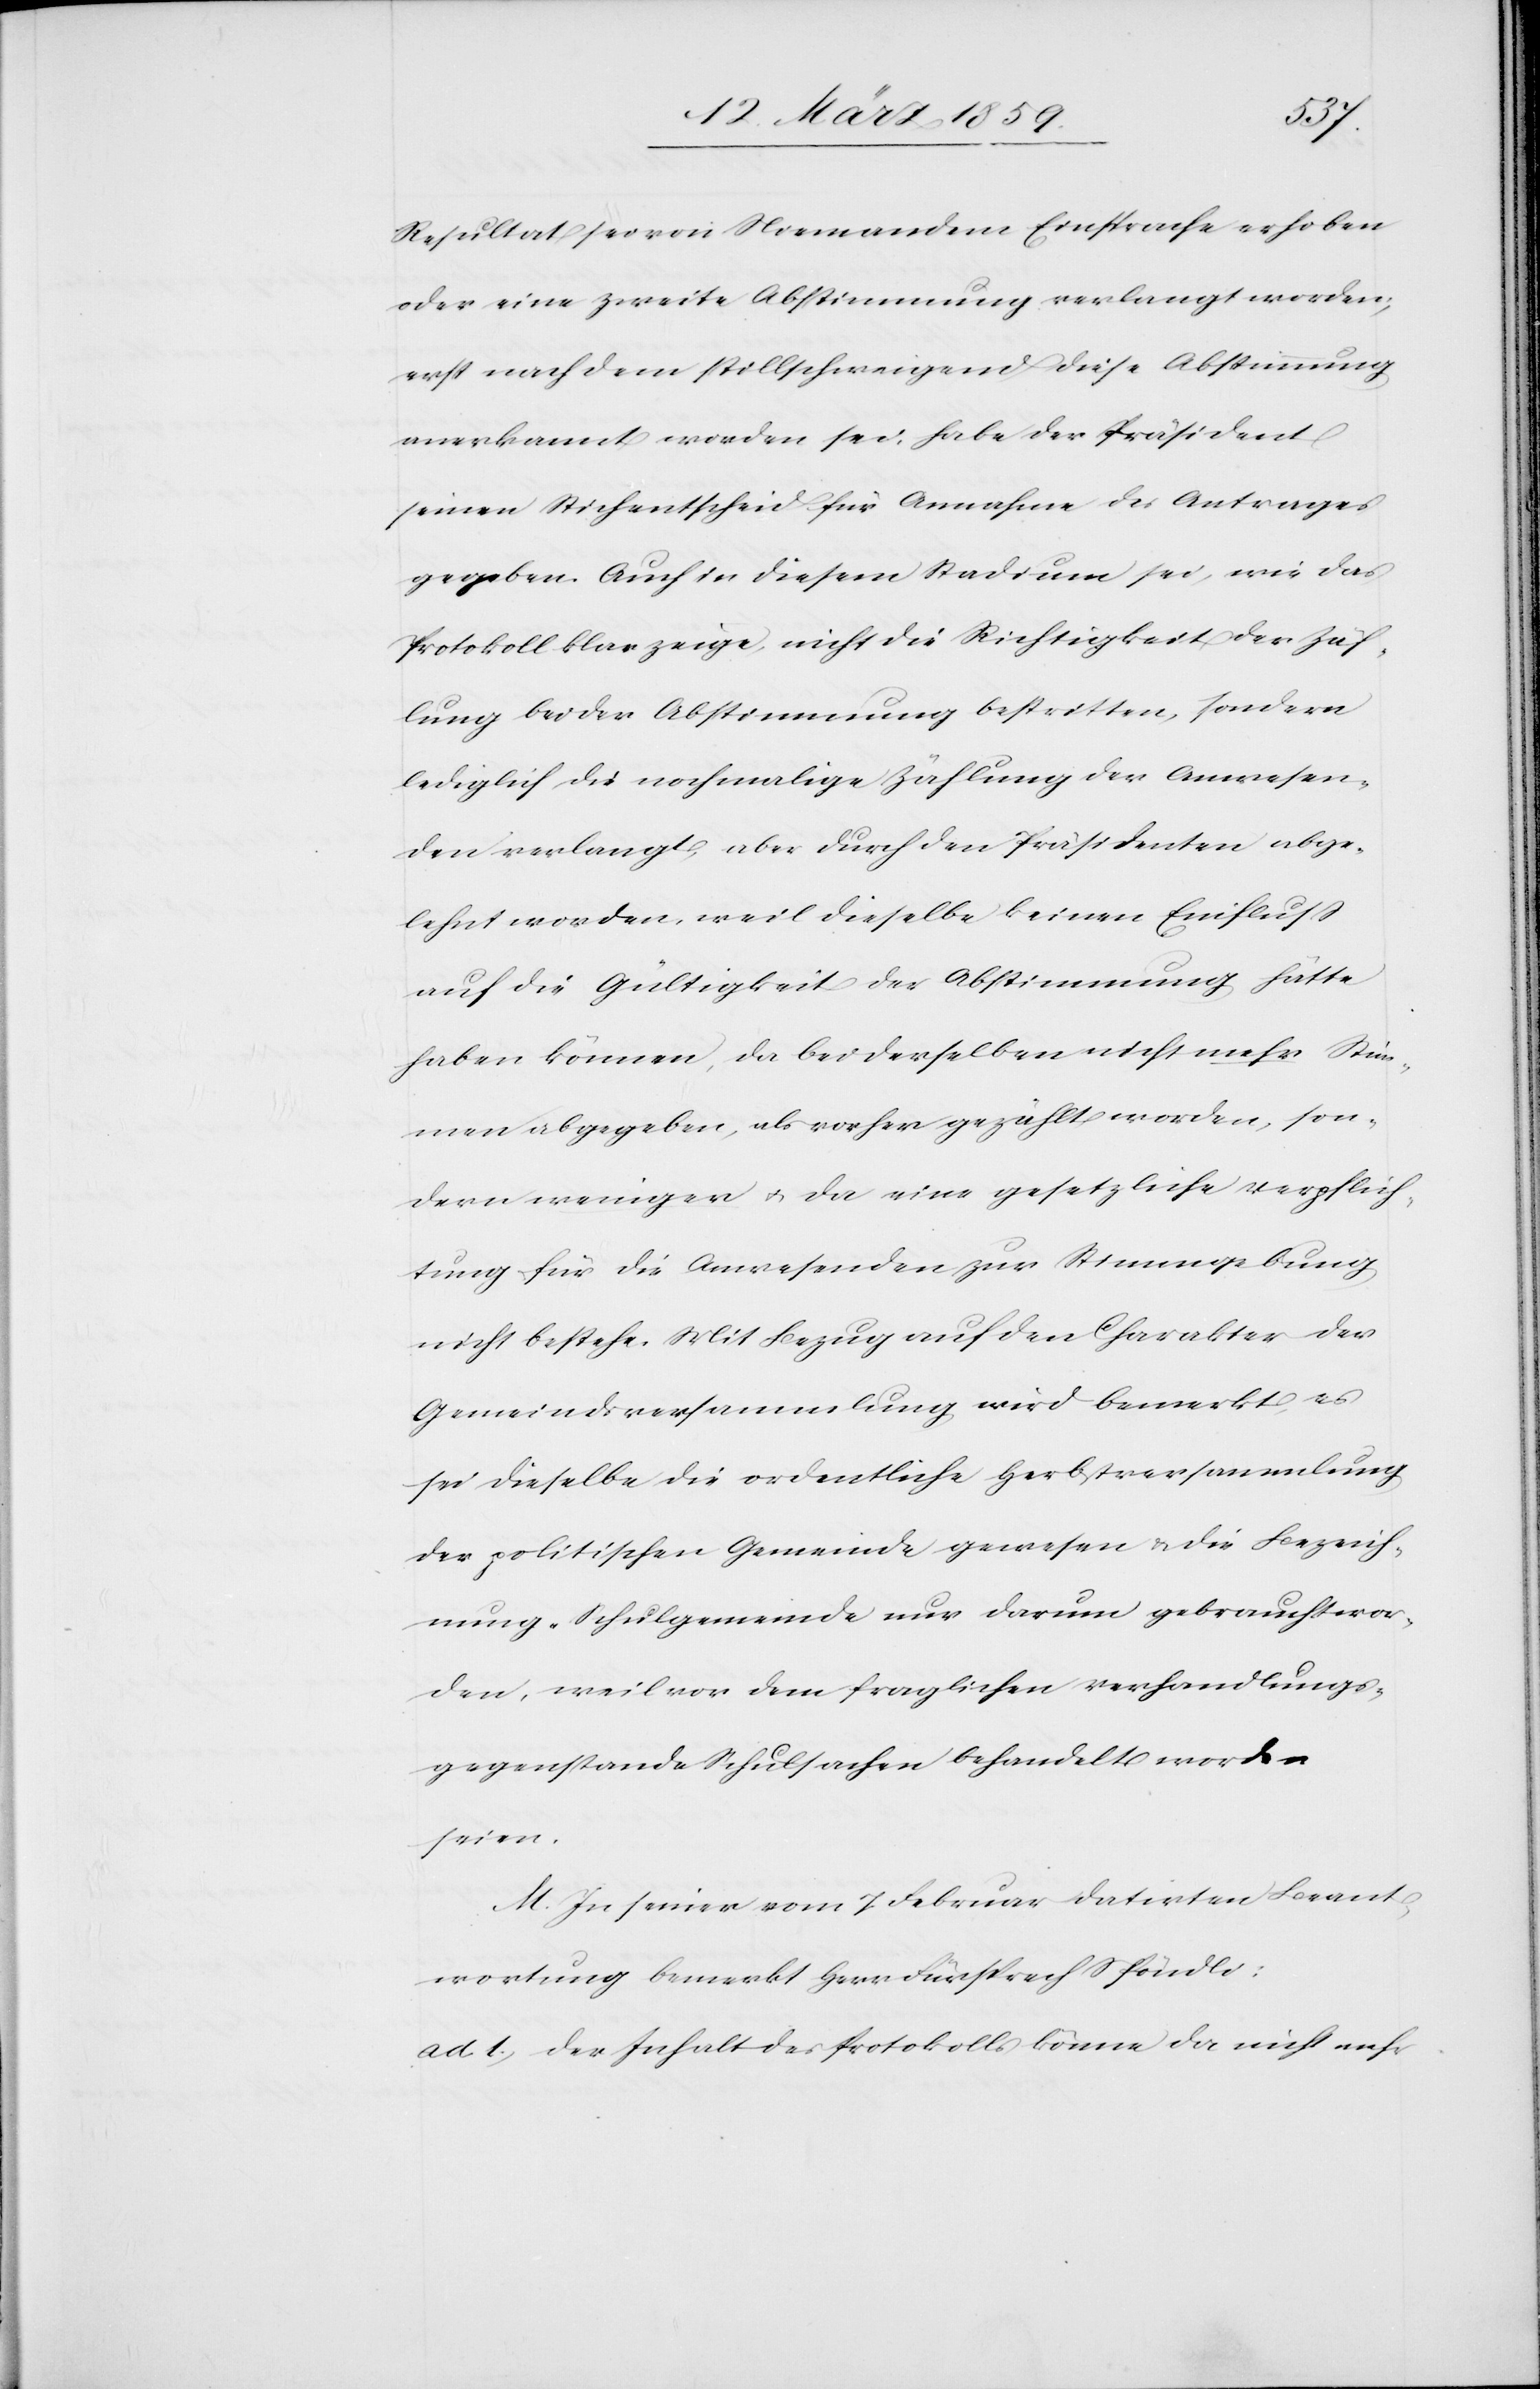
Resultat sei von Niemandem Einsprache erhoben
oder eine zweite Abstimmung verlangt worden;
erst nachdem stillschweigend diese Abstimmung
anerkannt worden sei, habe der Präsident
seinen Stichentscheid für Annahme des Antrages
gegeben. Auch in diesem Stadium sei, wie das
Protokoll klar zeige, nicht die Richtigkeit der Zäh¬
lung bei der Abstimmung bestritten, sondern
lediglich die nochmalige Zählung der Anwesen¬
den verlangt, aber durch den Präsidenten abge¬
lehnt worden, weil dieselbe keinen Einfluß
auf die Gültigkeit der Abstimmung hätte
haben können, da bei derselben nicht mehr Stim¬
men abgegeben, als vorher gezählt worden, son¬
dern weniger u. da eine gesetzliche Verpflich¬
tung für die Anwesenden zur Stimmgebung
nicht bestehe. Mit Bezug auf den Charakter der
Gemeindsversammlung wird bemerkt, es
sei dieselbe die ordentliche Herbstversammlung
der politischen Gemeinde gewesen & die Bezeich¬
nung „Schulgemeinde[“] nur darum gebraucht wor¬
den, weil vor dem fraglichen Verhandlungs¬
gegenstande Schulsachen behandelt worden
seien.
M. In seiner vom 7. Februar datirten Beant¬
wortung bemerkt Herr Fürsprech Spöndli:
ad 1) der Inhalt des Protokolls könne da nicht mehr